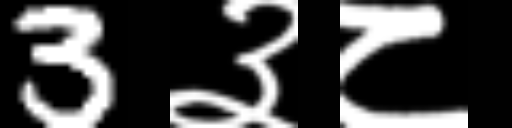
Text: 3३८